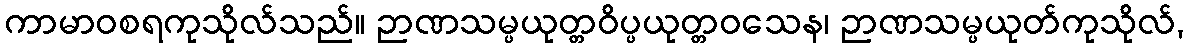
ကာမာဝစရကုသိုလ်သည်။ ဉာဏသမ္ပယုတ္တဝိပ္ပယုတ္တဝသေန၊ ဉာဏသမ္ပယုတ်ကုသိုလ်,